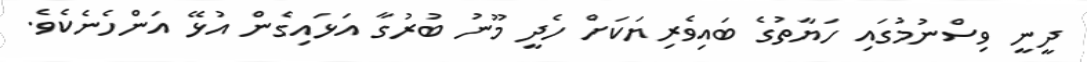
ދީނީ ވިސްނުމުގައި ހަޔާތުގެ ބައިވެރިޔަކަށް ހެދީ މޫނު ބުރުގާ އަޅައިގެން އުޅޭ އަންހެނެކެވެ.